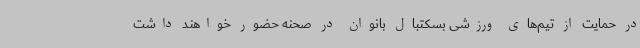
در حمایت از تیم‌های ورزشی بسکتبال بانوان در صحنه حضور خواهند داشت